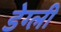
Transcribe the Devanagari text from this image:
डेग्ली